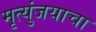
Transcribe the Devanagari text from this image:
मृत्युंजयाचा